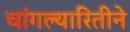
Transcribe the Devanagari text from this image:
चांगल्यारितीने